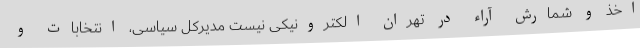
اخذ و شمارش آراء در تهران الکترونیکی نیست مدیرکل سیاسی، انتخابات و